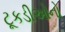
ટૂકડીઓનો